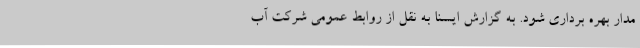
مدار بهره برداری شود. به گزارش ایسنا به نقل از روابط عمومی شرکت آب